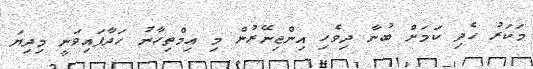
މަކަރު ހެދި ކަމަށް ބުނާ ދިވެހި އިންޖިނޭރުން މި އިމްތިހާނު ހަދާފައިވަނީ މިދިޔަ